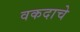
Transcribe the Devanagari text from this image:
वकदाचे